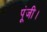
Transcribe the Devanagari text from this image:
पूंजी।